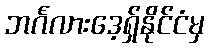
ဘင်္ဂလားဒေ့ရှ်နိုင်ငံမှ